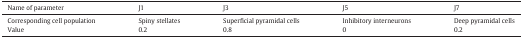
<table><thead><tr><td><b>Name of parameter</b></td><td><b>J1</b></td><td><b>J3</b></td><td><b>J5</b></td><td><b>J7</b></td></tr></thead><tbody><tr><td>Corresponding cell population</td><td>Spiny stellates</td><td>Superficial pyramidal cells</td><td>Inhibitory interneurons</td><td>Deep pyramidal cells</td></tr><tr><td>Value</td><td>0.2</td><td>0.8</td><td>0</td><td>0.2</td></tr></tbody></table>